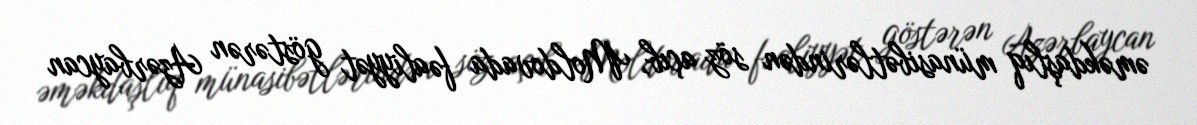
əməkdaşlıq münasibətlərindən söz açıb, Moldovada fəaliyyət göstərən Azərbaycan